Vaccination North-Western Provinces 1866-1877 - 1866-1877
Year: 1866
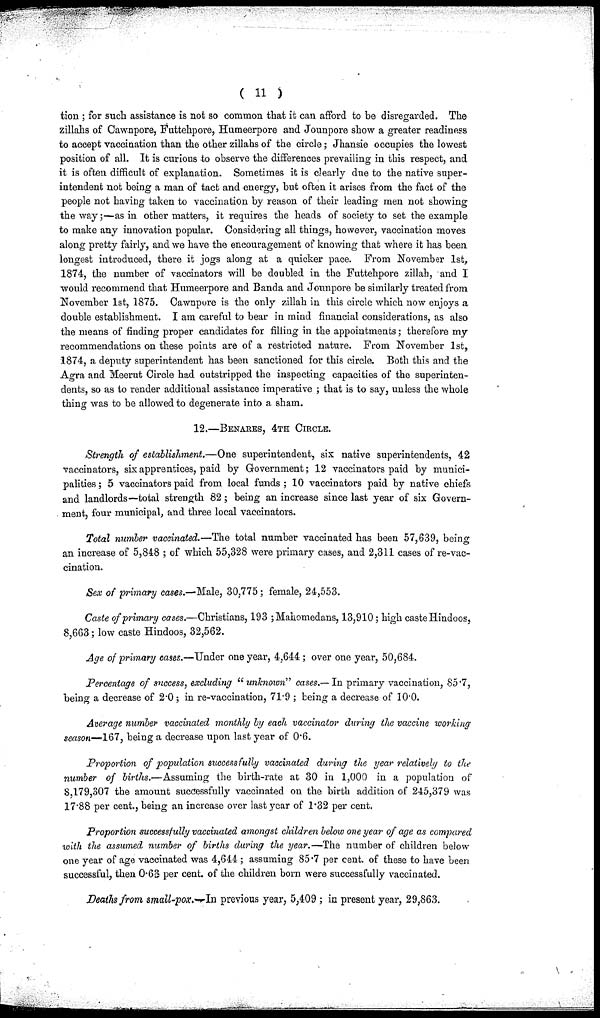
( 11 )
tion ; for such assistance is not so common that it can afford to be disregarded. The
zillahs of Cawnpore, Futtehpore, Humeerpore and Jounpore show a greater readiness
to accept vaccination than the other zillahs of the circle; Jhansie occupies the lowest
position of all. It is curious to observe the differences prevailing in this respect, and
it is often difficult of explanation. Sometimes it is clearly due to the native super-
intendent not being a man of tact and energy, but often it arises from the fact of the
people not having taken to vaccination by reason of their leading men not showing
the way;—as in other matters, it requires the heads of society to set the example
to make any innovation popular. Considering all things, however, vaccination moves
along pretty fairly, and we have the encouragement of knowing that where it has been
longest introduced, there it jogs along at a quicker pace. From November 1st,
1874, the number of vaccinators will be doubled in the Futtehpore zillah, and I
would recommend that Humeerpore and Banda and Jounpore be similarly treated from
November 1st, 1875. Cawnpore is the only zillah in this circle which now enjoys a
double establishment. I am careful to bear in mind financial considerations, as also
the means of finding proper candidates for filling in the appointments; therefore my
recommendations on these points are of a restricted nature. From November 1st,
1874, a deputy superintendent has been sanctioned for this circle. Both this and the
Agra and Meerut Circle had outstripped the inspecting capacities of the superinten-
dents, so as to render additional assistance imperative ; that is to say, unless the whole
thing was to be allowed to degenerate into a sham.
12.—BENARES, 4TH CIRCLE.
Strength of establishment.—One superintendent, six native superintendents, 42
vaccinators, six apprentices, paid by Government; 12 vaccinators paid by munici-
palities ; 5 vaccinators paid from local funds ; 10 vaccinators paid by native chiefs
and landlords—total strength 82; being an increase since last year of six Govern-
ment, four municipal, and three local vaccinators.
Total number vaccinated.—The total number vaccinated has been 57,639, being
an increase of 5,848 ; of which 55,328 were primary cases, and 2,311 cases of re-vac-
cination.
Sex of primary cases.—Male, 30,775 ; female, 24,553.
Caste of primary cases.—Christians, 193 ;Mahomedans, 13,910; high caste Hindoos,
8,663 ; low caste Hindoos, 32,562.
Age of primary cases.—Under one year, 4,644 ; over one year, 50,684.
Percentage of success, excluding "unknown" cases.— In primary vaccination, 85.7,
being a decrease of 2.0; in re-vaccination, 71.9 ; being a decrease of 10.0.
Average number vaccinated monthly by each vaccinator during the vaccine working
season—167, being a decrease upon last year of 0.6.
Proportion of population successfully vaccinated during the year relatively to the
number of births.—Assuming the birth-rate at 30 in 1,000 in a population of
8,179,307 the amount successfully vaccinated on the birth addition of 245,379 was
17.88 per cent., being an increase over last year of 1.32 per cent.
Proportion successfully vaccinated amongst children below one year of age as compared
with the assumed number of births during the year.—The number of children below
one year of age vaccinated was 4,644 ; assuming 85.7 per cent. of these to have been
successful, then 0.63 per cent. of the children born were successfully vaccinated.
Deaths from small-pox..—In previous year, 5,409 ; in present year, 29,863.